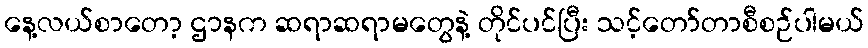
နေ့လယ်စာတော့ ဌာနက ဆရာဆရာမတွေနဲ့ တိုင်ပင်ပြီး သင့်တော်တာစီစဉ်ပါမယ်